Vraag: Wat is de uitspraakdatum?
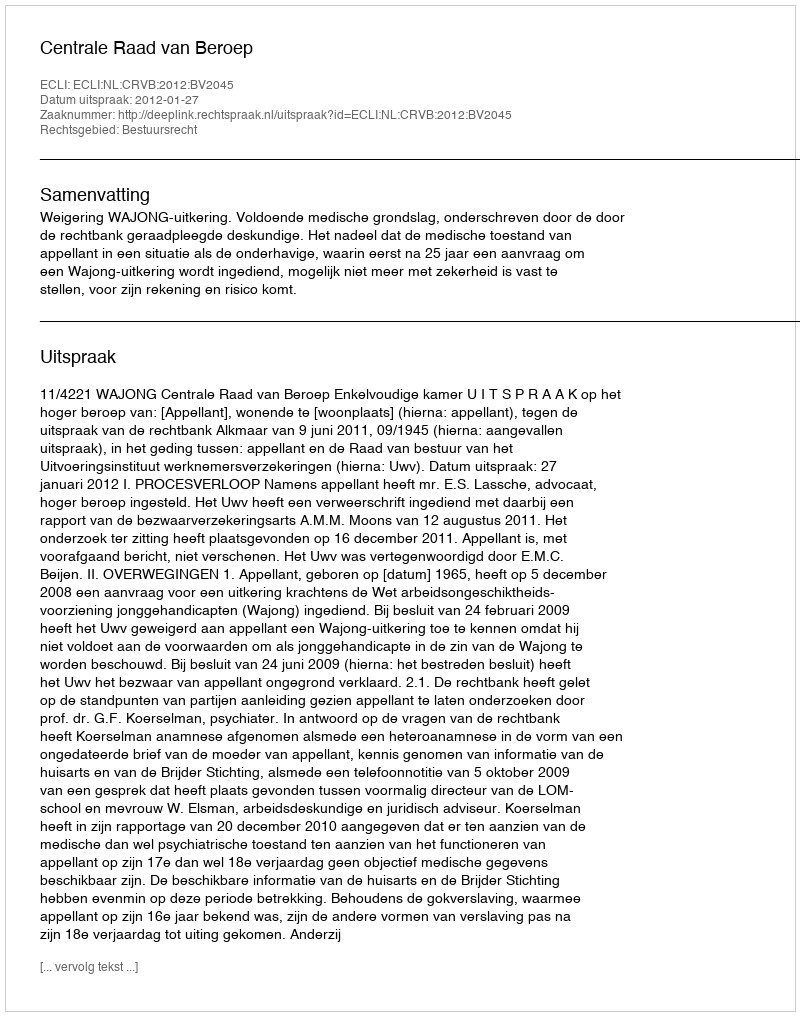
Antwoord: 2012-01-27